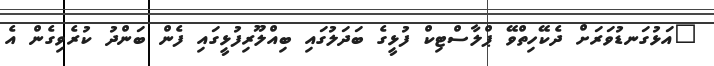
"އަޅުގަނޑުވަރަށް ދެކޭހިތްވޭ ޕްލާސްޓިކް ފުޅީގެ ބަދަލުގައި ބިއްލޫރިފުޅީގައި ފެން ބަންދު ކުރެވިގެން އެ